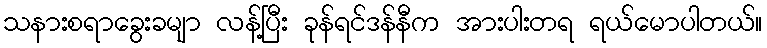
သနားစရာခွေးခမျာ လန့်ပြီး ခုန်ရင်ဒန်နီက အားပါးတရ ရယ်မောပါတယ်။